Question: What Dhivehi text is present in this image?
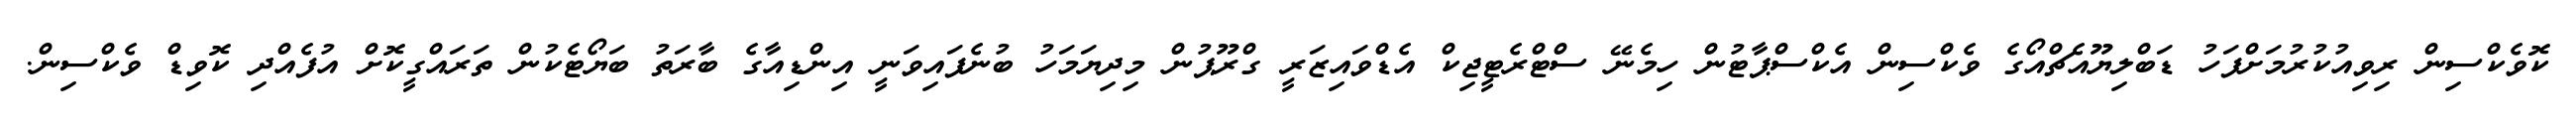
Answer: ކޮވެކްސިން ރިވިއުކުރުމަށްފަހު ޑަބްލިޔޫއެޗްއޯގެ ވެކްސިން އެކްސްޕާޓުން ހިމެނޭ ސްޓްރެޓީޖިކް އެޑްވައިޒަރީ ގްރޫޕުން މިދިޔަމަހު ބުނެފައިވަނީ އިންޑިއާގެ ބާރަތު ބަޔޯޓެކުން ތަރައްގީކޮށް އުފެއްދި ކޮވިޑް ވެކްސިން.